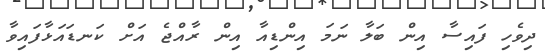
ދިވެހި ފައިސާ އިން ބަލާ ނަމަ އިންޑިއާ އިން ރާއްޖެ އަށް ކަނޑައަޅާފައިވާ